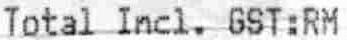
TOTAL INCL. GST:RM